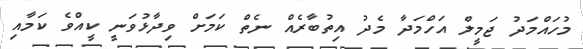
މުހައްމަދު ޖަމީލް އަހްމަދާ މެދު އިތުބާރެއް ނެތް ކަމަށް ވިދާޅުވަނީ ކީއްވެ ކަމާއި